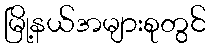
မြို့နယ်အများစုတွင်